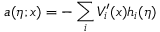
a ( \eta ; x ) = - \sum _ { i } V _ { i } ^ { \prime } ( x ) h _ { i } ( \eta )